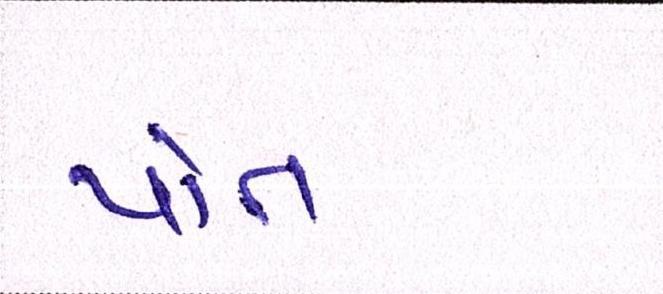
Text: પોત